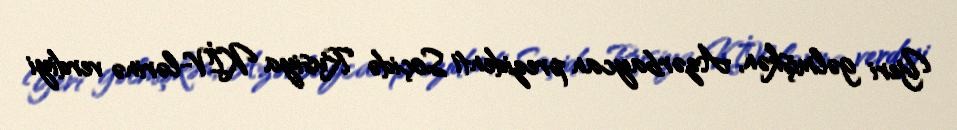
Yeri gəlmişkən, Azərbaycan prezidenti Soçidə Rusiya KİV-lərinə verdiyi